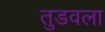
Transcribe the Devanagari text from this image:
तुडवला